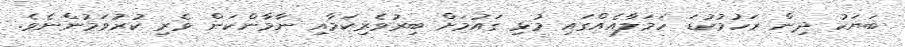
ބަޔަކު ދިން ރަހުމުކުޑަ ހަމަލާއެއްގައި މުޅި ގައުމަށް ބިރުވެރިކަމާއި ނާމާންކަން ވެރި ކުރުވަމުންނެވެ.